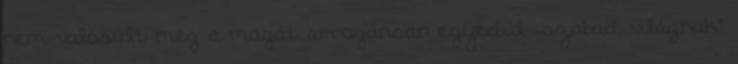
nem valósult meg a magát arrogánsan egyedül „szabad világnak”